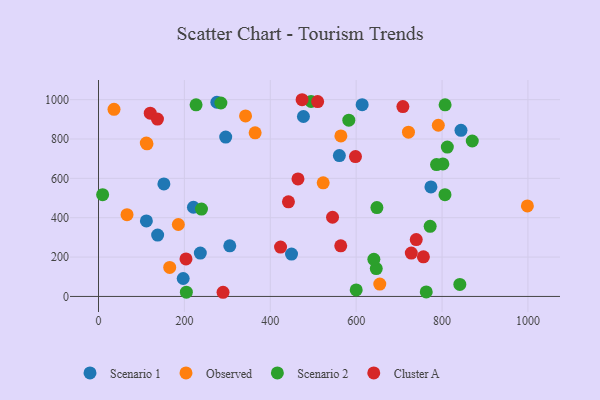
{"axis": {"x": "Experience", "y": "Profit"}, "legend": ["Cluster A", "Observed", "Scenario 1", "Scenario 2"], "data": [{"x": "152.3", "y": 571.7, "type": "Scenario 1"}, {"x": "560.9", "y": 716.0, "type": "Scenario 1"}, {"x": "296.2", "y": 809.8, "type": "Scenario 1"}, {"x": "197.2", "y": 91.3, "type": "Scenario 1"}, {"x": "844.1", "y": 844.3, "type": "Scenario 1"}, {"x": "614.0", "y": 974.5, "type": "Scenario 1"}, {"x": "305.7", "y": 257.1, "type": "Scenario 1"}, {"x": "275.6", "y": 986.8, "type": "Scenario 1"}, {"x": "449.5", "y": 215.3, "type": "Scenario 1"}, {"x": "137.7", "y": 311.6, "type": "Scenario 1"}, {"x": "111.5", "y": 383.7, "type": "Scenario 1"}, {"x": "221.1", "y": 453.2, "type": "Scenario 1"}, {"x": "477.2", "y": 914.4, "type": "Scenario 1"}, {"x": "774.1", "y": 556.7, "type": "Scenario 1"}, {"x": "237.1", "y": 220.2, "type": "Scenario 1"}, {"x": "364.7", "y": 831.6, "type": "Observed"}, {"x": "564.4", "y": 815.7, "type": "Observed"}, {"x": "721.8", "y": 834.8, "type": "Observed"}, {"x": "112.9", "y": 775.6, "type": "Observed"}, {"x": "185.9", "y": 365.5, "type": "Observed"}, {"x": "111.3", "y": 779.6, "type": "Observed"}, {"x": "342.4", "y": 917.1, "type": "Observed"}, {"x": "655.0", "y": 62.7, "type": "Observed"}, {"x": "165.8", "y": 147.5, "type": "Observed"}, {"x": "523.2", "y": 577.4, "type": "Observed"}, {"x": "36.1", "y": 950.9, "type": "Observed"}, {"x": "998.7", "y": 460.0, "type": "Observed"}, {"x": "66.4", "y": 415.5, "type": "Observed"}, {"x": "791.3", "y": 869.9, "type": "Observed"}, {"x": "648.3", "y": 451.4, "type": "Scenario 2"}, {"x": "841.4", "y": 61.3, "type": "Scenario 2"}, {"x": "227.2", "y": 973.6, "type": "Scenario 2"}, {"x": "9.6", "y": 516.9, "type": "Scenario 2"}, {"x": "772.3", "y": 356.1, "type": "Scenario 2"}, {"x": "646.8", "y": 141.5, "type": "Scenario 2"}, {"x": "239.8", "y": 444.2, "type": "Scenario 2"}, {"x": "582.9", "y": 895.8, "type": "Scenario 2"}, {"x": "763.2", "y": 23.1, "type": "Scenario 2"}, {"x": "807.1", "y": 973.9, "type": "Scenario 2"}, {"x": "495.0", "y": 990.8, "type": "Scenario 2"}, {"x": "812.3", "y": 759.0, "type": "Scenario 2"}, {"x": "870.4", "y": 789.9, "type": "Scenario 2"}, {"x": "801.9", "y": 673.3, "type": "Scenario 2"}, {"x": "641.2", "y": 188.5, "type": "Scenario 2"}, {"x": "285.0", "y": 982.9, "type": "Scenario 2"}, {"x": "806.8", "y": 516.9, "type": "Scenario 2"}, {"x": "600.1", "y": 33.0, "type": "Scenario 2"}, {"x": "787.2", "y": 670.2, "type": "Scenario 2"}, {"x": "204.6", "y": 21.8, "type": "Scenario 2"}, {"x": "564.1", "y": 257.3, "type": "Cluster A"}, {"x": "203.7", "y": 190.9, "type": "Cluster A"}, {"x": "598.4", "y": 710.6, "type": "Cluster A"}, {"x": "708.8", "y": 965.0, "type": "Cluster A"}, {"x": "756.6", "y": 201.3, "type": "Cluster A"}, {"x": "290.0", "y": 21.2, "type": "Cluster A"}, {"x": "120.5", "y": 931.3, "type": "Cluster A"}, {"x": "545.0", "y": 402.5, "type": "Cluster A"}, {"x": "739.9", "y": 289.0, "type": "Cluster A"}, {"x": "728.4", "y": 220.3, "type": "Cluster A"}, {"x": "442.3", "y": 480.6, "type": "Cluster A"}, {"x": "423.9", "y": 250.9, "type": "Cluster A"}, {"x": "137.3", "y": 901.2, "type": "Cluster A"}, {"x": "464.5", "y": 597.2, "type": "Cluster A"}, {"x": "510.3", "y": 990.2, "type": "Cluster A"}, {"x": "474.1", "y": 999.6, "type": "Cluster A"}]}